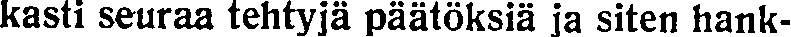
kasti seuraa tehtyjä päätöksiä ja siten hank-